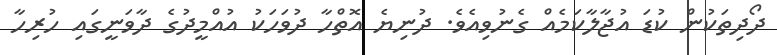
ދޯދިތަކުން ކުޑަ އުޖާލާކަމެއް ގެނުވިއެވެ. ދުނިޔެ އޮތްހާ ދުވަހަކު އުއްމީދުގެ ދާވަނީގައި ހުރިހާ